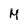
Character: M